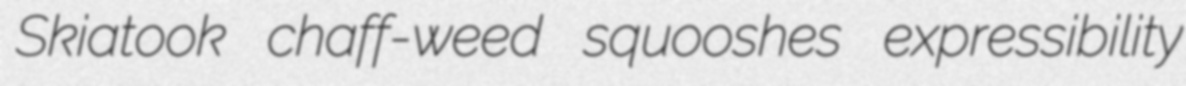
Skiatook chaff-weed squooshes expressibility